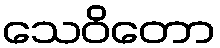
သေဝိတော